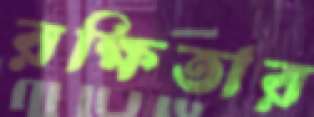
রক্ষিতার